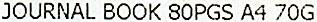
JOURNAL BOOK 80PGS A4 70G